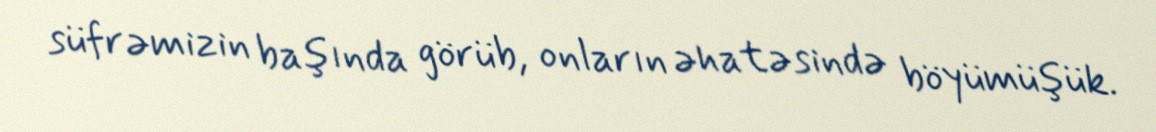
süfrəmizin başında görüb, onların əhatəsində böyümüşük.